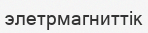
элетрмагниттік